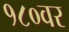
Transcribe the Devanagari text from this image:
१८०वर